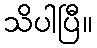
သိပါပြီ။